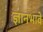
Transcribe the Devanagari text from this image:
ज्ञानभावे